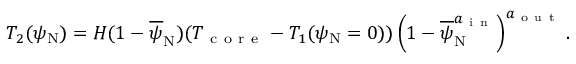
T _ { 2 } ( \psi _ { \mathrm { N } } ) = H ( 1 - \overline { { \psi } } _ { \mathrm { N } } ) ( T _ { \mathrm { ~ c ~ o ~ r ~ e ~ } } - T _ { 1 } ( \psi _ { \mathrm { N } } = 0 ) ) \left( 1 - \overline { { \psi } } _ { \mathrm { N } } ^ { a _ { \mathrm { ~ i ~ n ~ } } } \right) ^ { a _ { \mathrm { ~ o ~ u ~ t ~ } } } .